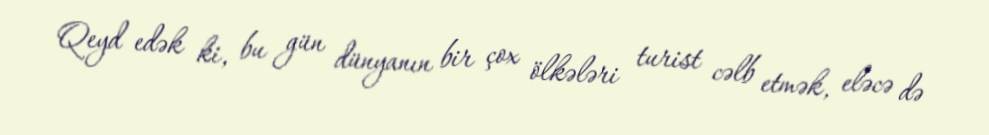
Qeyd edək ki, bu gün dünyanın bir çox ölkələri turist cəlb etmək, eləcə də